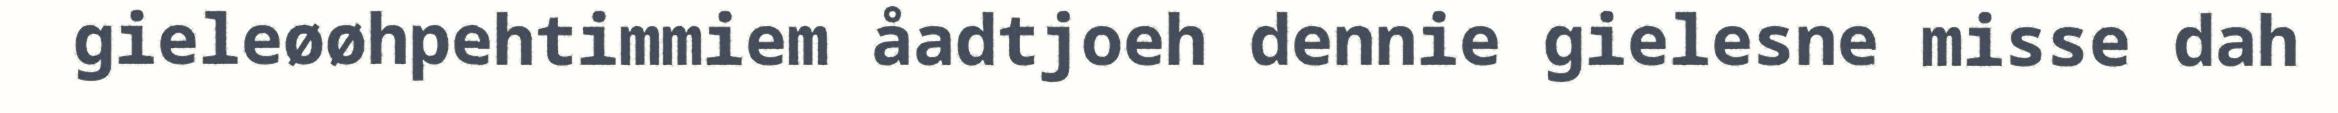
gieleøøhpehtimmiem åadtjoeh dennie gielesne misse dah